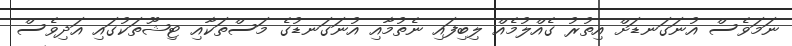
ނަމަވެސް އުނަގަނޑަށް އިތުރު ގެއްލުމެއް ލިބިފައި ނެތުމާއި އުނަގަނޑުގެ މަސްތަކާއި ޓިޝޫތަކުގައި އަދިވެސް